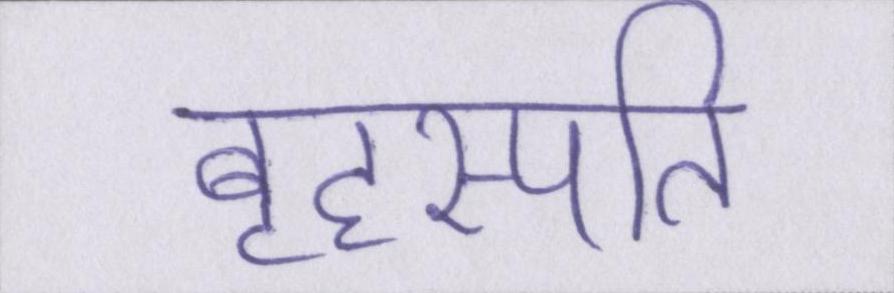
बृहस्पति